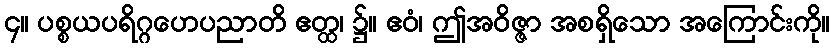
၄။ ပစ္စယပရိဂ္ဂဟေပညာတိ ဧတ္ထ၊ ၌။ ဧဝံ၊ ဤအဝိဇ္ဇာ အစရှိသော အကြောင်းကို။